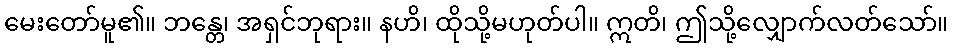
မေးတော်မူ၏။ ဘန္တေ၊ အရှင်ဘုရား။ နဟိ၊ ထိုသို့မဟုတ်ပါ။ ဣတိ၊ ဤသို့လျှောက်လတ်သော်။